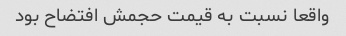
واقعا نسبت به قیمت حجمش افتضاح بود